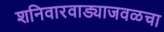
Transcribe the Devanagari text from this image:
शनिवारवाड्याजवळचा